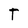
Character: T